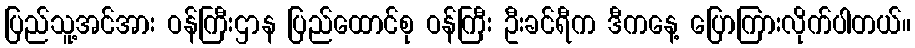
ပြည်သူ့အင်အား ဝန်ကြီးဌာန ပြည်ထောင်စု ဝန်ကြီး ဦးခင်ရီက ဒီကနေ့ ပြောကြားလိုက်ပါတယ်။